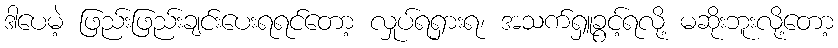
ဒါပေမဲ့ ဖြည်းဖြည်းချင်းပေးရရင်တော့ လှုပ်ရရှားရ၊ အသက်ရှူခွင့်ရလို့ မဆိုးဘူးလို့တော့